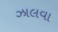
ઝાલવા